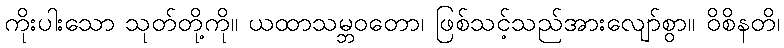
ကိုးပါးသော သုတ်တို့ကို။ ယထာသမ္ဘဝတော၊ ဖြစ်သင့်သည်အားလျော်စွာ။ ဝိစိနတိ၊